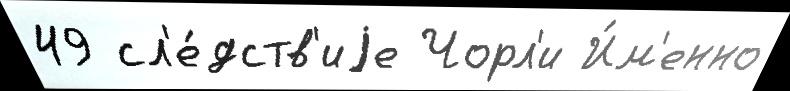
49 сл'е́дств'иjе Чорл'и И́м'енно